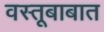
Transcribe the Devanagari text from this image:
वस्तूबाबात